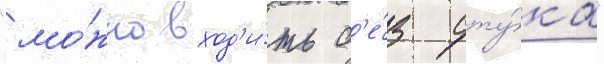
"мо́жно вход'и́ть б'е́з сту́ка"